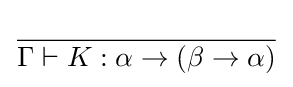
{\frac {}{\Gamma \vdash K:\alpha \rightarrow (\beta \rightarrow \alpha )}}